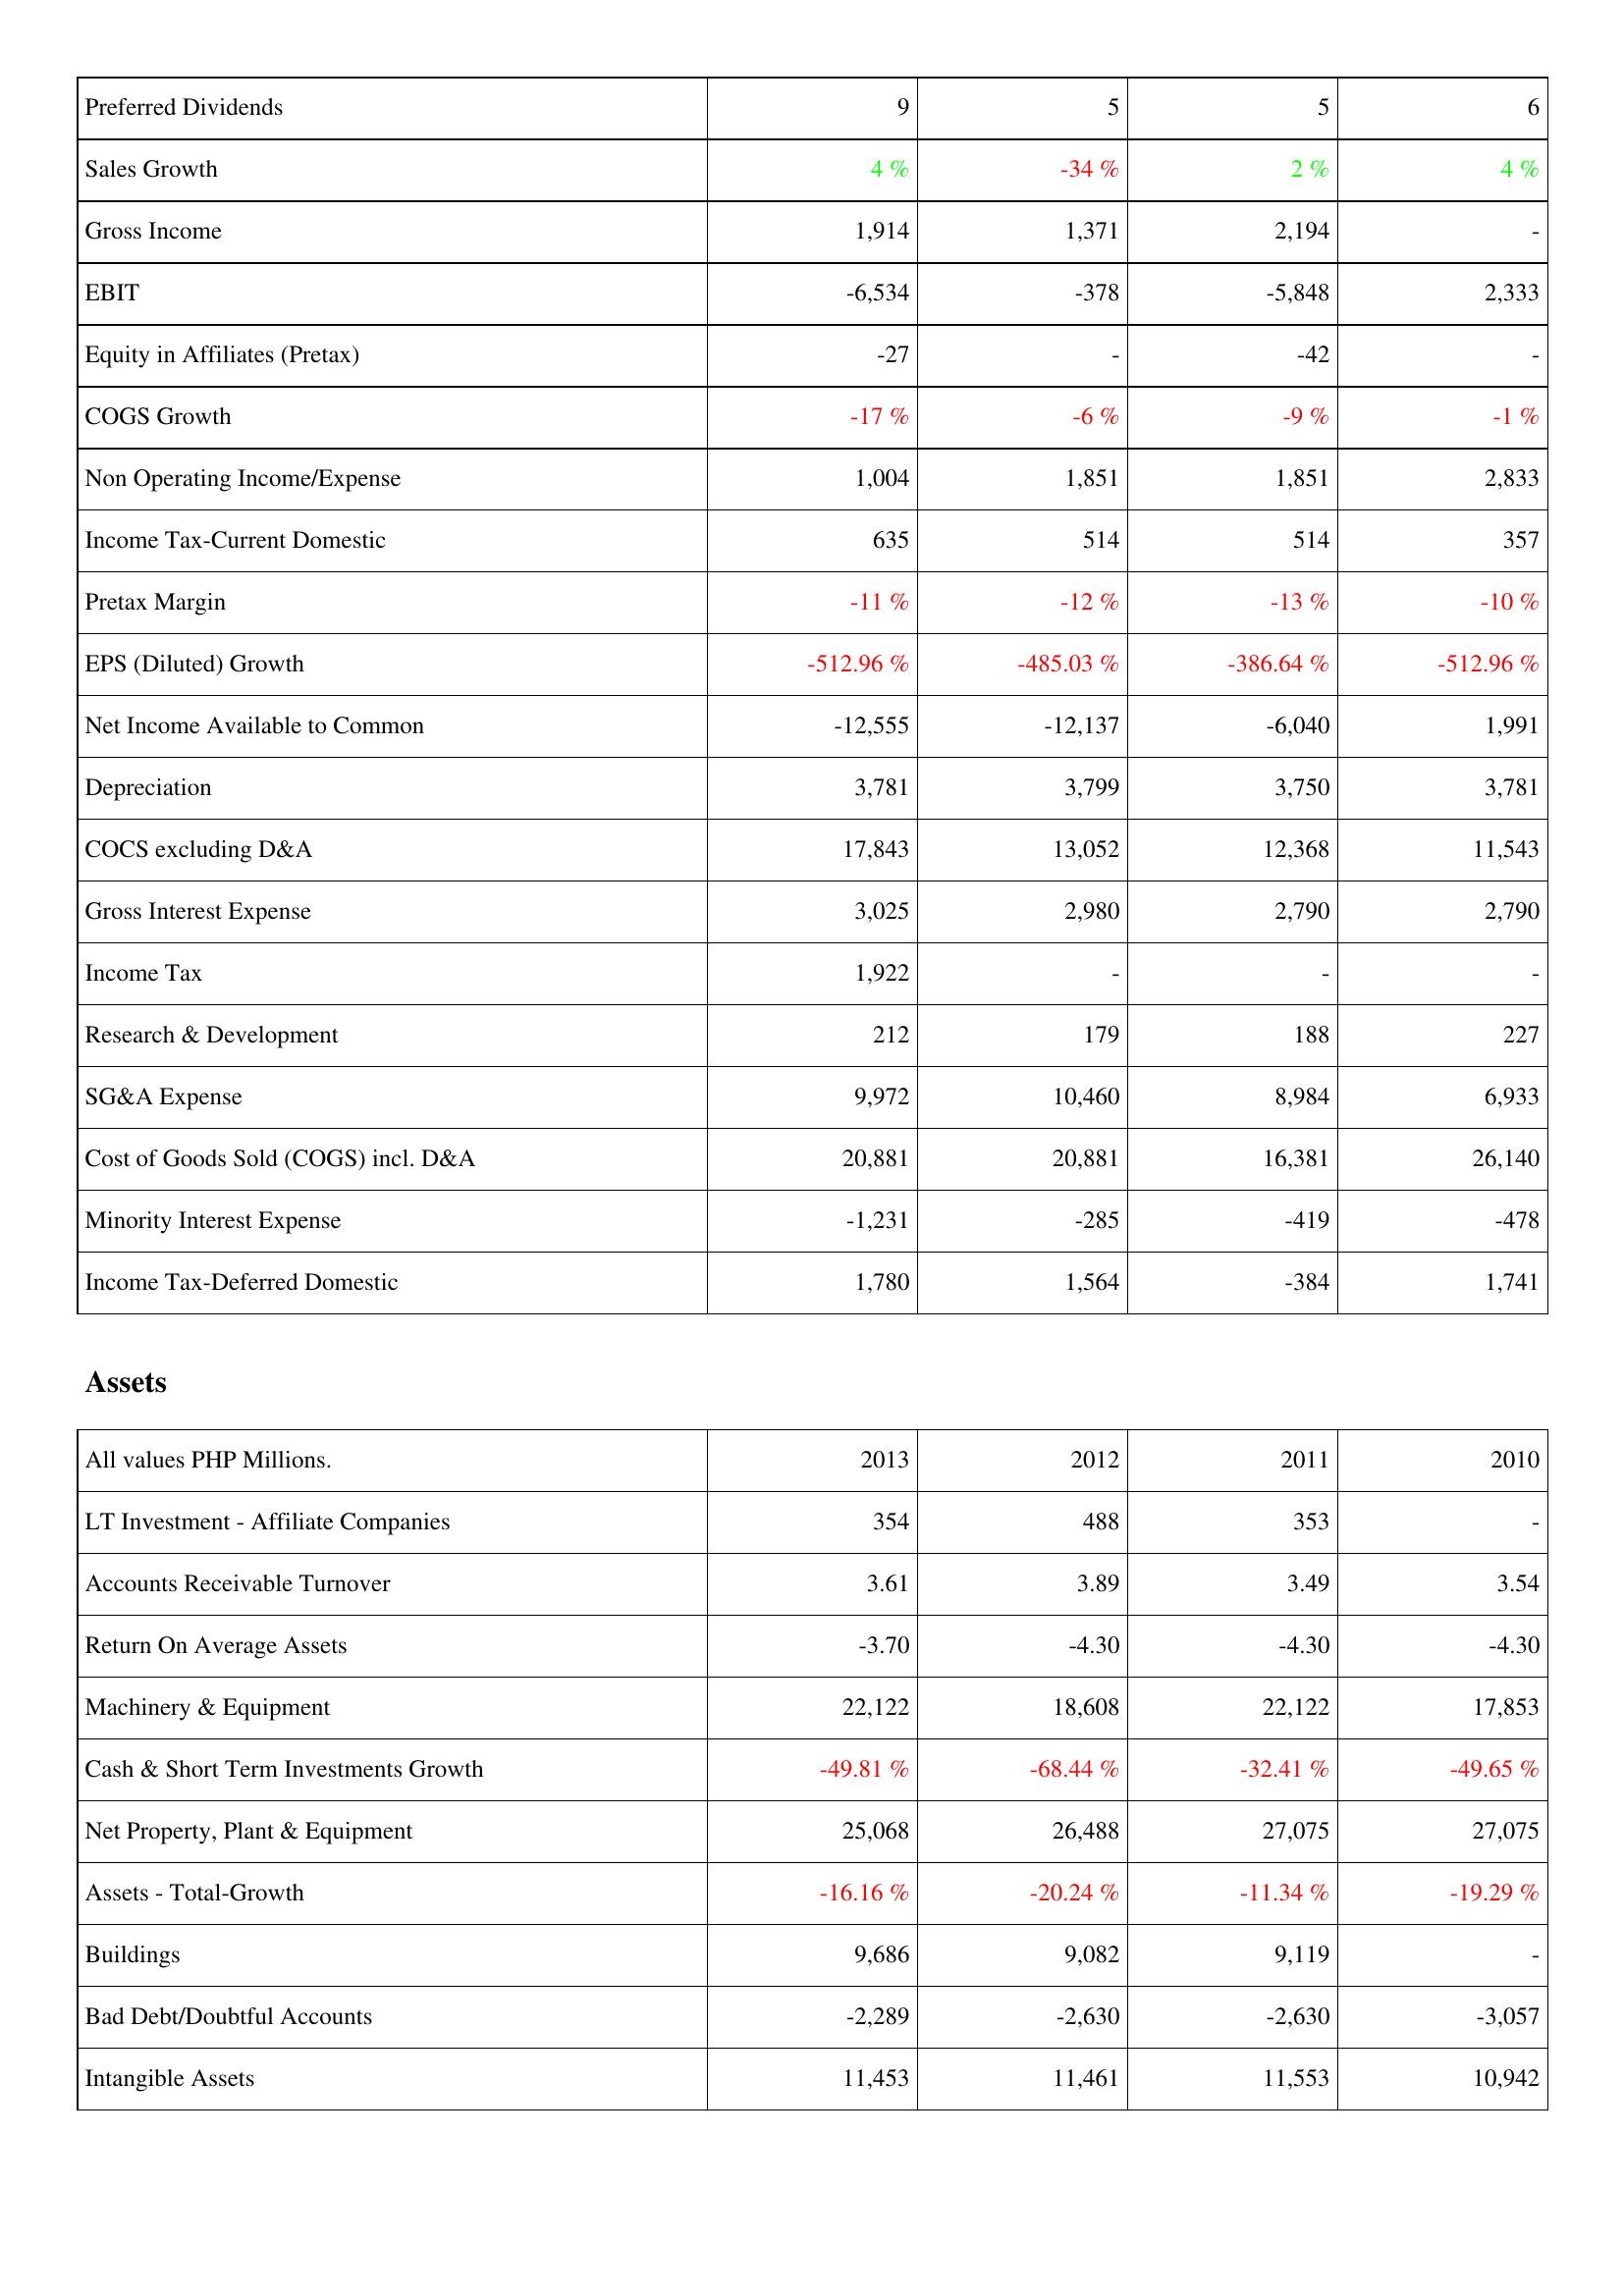
2013: Income Statement: Preferred Dividends: 9
Sales Growth: 4 %
Gross Income: 1,914
EBIT: -6,534
Equity in Affiliates (Pretax): -27
COGS Growth: -17 %
Non Operating Income/Expense: 1,004
Income Tax-Current Domestic: 635
Pretax Margin: -11 %
EPS (Diluted) Growth: -512.96 %
Net Income Available to Common: -12,555
Depreciation: 3,781
COCS excluding D&A: 17,843
Gross Interest Expense: 3,025
Income Tax: 1,922
Research & Development: 212
SG&A Expense: 9,972
Cost of Goods Sold (COGS) incl. D&A: 20,881
Minority Interest Expense: -1,231
Income Tax-Deferred Domestic: 1,780
Assets: LT Investment - Affiliate Companies: 354
Accounts Receivable Turnover: 3.61
Return On Average Assets: -3.70
Machinery & Equipment: 22,122
Cash & Short Term Investments Growth: -49.81 %
Net Property, Plant & Equipment: 25,068
Assets - Total-Growth: -16.16 %
Buildings: 9,686
Bad Debt/Doubtful Accounts: -2,289
Intangible Assets: 11,453
2012: Income Statement: Preferred Dividends: 5
Sales Growth: -34 %
Gross Income: 1,371
EBIT: -378
Equity in Affiliates (Pretax): -
COGS Growth: -6 %
Non Operating Income/Expense: 1,851
Income Tax-Current Domestic: 514
Pretax Margin: -12 %
EPS (Diluted) Growth: -485.03 %
Net Income Available to Common: -12,137
Depreciation: 3,799
COCS excluding D&A: 13,052
Gross Interest Expense: 2,980
Income Tax: -
Research & Development: 179
SG&A Expense: 10,460
Cost of Goods Sold (COGS) incl. D&A: 20,881
Minority Interest Expense: -285
Income Tax-Deferred Domestic: 1,564
Assets: LT Investment - Affiliate Companies: 488
Accounts Receivable Turnover: 3.89
Return On Average Assets: -4.30
Machinery & Equipment: 18,608
Cash & Short Term Investments Growth: -68.44 %
Net Property, Plant & Equipment: 26,488
Assets - Total-Growth: -20.24 %
Buildings: 9,082
Bad Debt/Doubtful Accounts: -2,630
Intangible Assets: 11,461
2011: Income Statement: Preferred Dividends: 5
Sales Growth: 2 %
Gross Income: 2,194
EBIT: -5,848
Equity in Affiliates (Pretax): -42
COGS Growth: -9 %
Non Operating Income/Expense: 1,851
Income Tax-Current Domestic: 514
Pretax Margin: -13 %
EPS (Diluted) Growth: -386.64 %
Net Income Available to Common: -6,040
Depreciation: 3,750
COCS excluding D&A: 12,368
Gross Interest Expense: 2,790
Income Tax: -
Research & Development: 188
SG&A Expense: 8,984
Cost of Goods Sold (COGS) incl. D&A: 16,381
Minority Interest Expense: -419
Income Tax-Deferred Domestic: -384
Assets: LT Investment - Affiliate Companies: 353
Accounts Receivable Turnover: 3.49
Return On Average Assets: -4.30
Machinery & Equipment: 22,122
Cash & Short Term Investments Growth: -32.41 %
Net Property, Plant & Equipment: 27,075
Assets - Total-Growth: -11.34 %
Buildings: 9,119
Bad Debt/Doubtful Accounts: -2,630
Intangible Assets: 11,553
2010: Income Statement: Preferred Dividends: 6
Sales Growth: 4 %
Gross Income: -
EBIT: 2,333
Equity in Affiliates (Pretax): -
COGS Growth: -1 %
Non Operating Income/Expense: 2,833
Income Tax-Current Domestic: 357
Pretax Margin: -10 %
EPS (Diluted) Growth: -512.96 %
Net Income Available to Common: 1,991
Depreciation: 3,781
COCS excluding D&A: 11,543
Gross Interest Expense: 2,790
Income Tax: -
Research & Development: 227
SG&A Expense: 6,933
Cost of Goods Sold (COGS) incl. D&A: 26,140
Minority Interest Expense: -478
Income Tax-Deferred Domestic: 1,741
Assets: LT Investment - Affiliate Companies: -
Accounts Receivable Turnover: 3.54
Return On Average Assets: -4.30
Machinery & Equipment: 17,853
Cash & Short Term Investments Growth: -49.65 %
Net Property, Plant & Equipment: 27,075
Assets - Total-Growth: -19.29 %
Buildings: -
Bad Debt/Doubtful Accounts: -3,057
Intangible Assets: 10,942